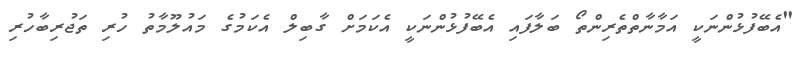
"އެބޭފުޅުންނަކީ އަމާނާތްތެރިންތޯ ބަލާފައި އެބޭފުޅުންނަކީ އެކަމަށް ގާބިލް އެކަމުގެ މައުލޫމާތު ހުރި ތަޖުރިބާހުރި